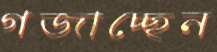
গজাচ্ছেন